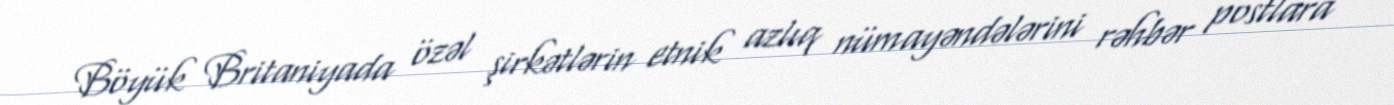
Böyük Britaniyada özəl şirkətlərin etnik azlıq nümayəndələrini rəhbər postlara